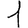
Digit: 1